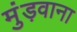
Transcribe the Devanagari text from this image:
मुंड़वाना